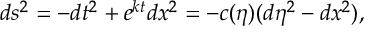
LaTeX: d s ^ { 2 } = - d t ^ { 2 } + e ^ { k t } d x ^ { 2 } = - c ( \eta ) ( d \eta ^ { 2 } - d x ^ { 2 } ) ,